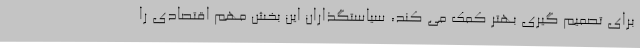
برای تصمیم گیری بهتر کمک می کند، سیاستگذاران این بخش مهم اقتصادی را